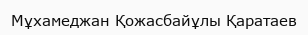
Мұхамеджан Қожасбайұлы Қаратаев